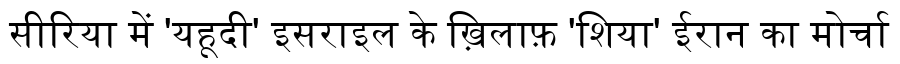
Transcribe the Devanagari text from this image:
सीरिया में 'यहूदी' इसराइल के ख़िलाफ़ 'शिया' ईरान का मोर्चा